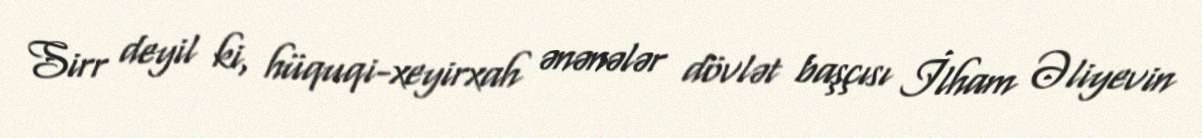
Sirr deyil ki, hüquqi-xeyirxah ənənələr dövlət başçısı İlham Əliyevin